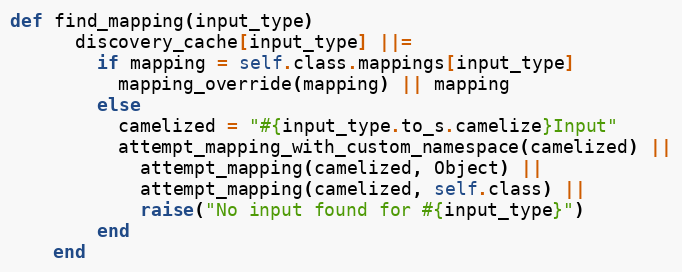
Language: Ruby
def find_mapping(input_type)
      discovery_cache[input_type] ||=
        if mapping = self.class.mappings[input_type]
          mapping_override(mapping) || mapping
        else
          camelized = "#{input_type.to_s.camelize}Input"
          attempt_mapping_with_custom_namespace(camelized) ||
            attempt_mapping(camelized, Object) ||
            attempt_mapping(camelized, self.class) ||
            raise("No input found for #{input_type}")
        end
    end